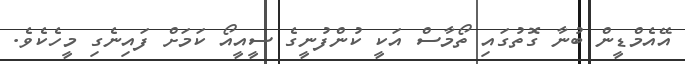
އޭއެމްޑީން ބުނާ ގޮތުގައި ތޯމާސް އަކީ ކުންފުނީގެ ސީއީއޯ ކަމަށް ފައިނެގި މީހެކެވެ.